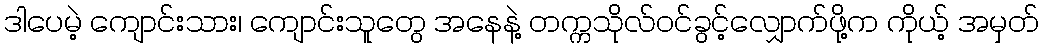
ဒါပေမဲ့ ကျောင်းသား၊ ကျောင်းသူတွေ အနေနဲ့ တက္ကသိုလ်ဝင်ခွင့်လျှောက်ဖို့က ကိုယ့် အမှတ်